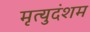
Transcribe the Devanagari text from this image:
मृत्युदंशम